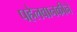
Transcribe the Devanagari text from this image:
पहेलवानकीने